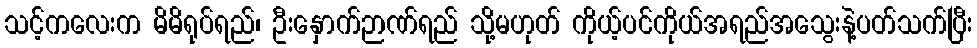
သင့်ကလေးက မိမိရုပ်ရည်၊ ဦးနှောက်ဉာဏ်ရည် သို့မဟုတ် ကိုယ့်ပင်ကိုယ်အရည်အသွေးနဲ့ပတ်သက်ပြီး